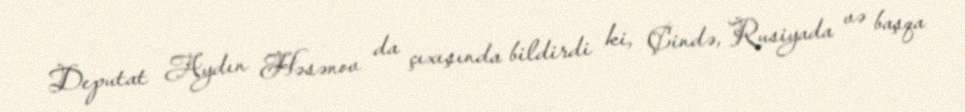
Deputat Aydın Həsənov da çıxışında bildirdi ki, Çində, Rusiyada və başqa